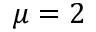
\mu = 2